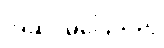
အဆင်မပြေသည့်